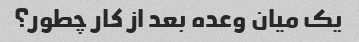
یک میان وعده بعد از کار چطور؟